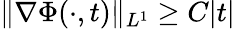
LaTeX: \| \nabla\Phi(\cdot,t)\| _{L^{1}}\geq C|t|